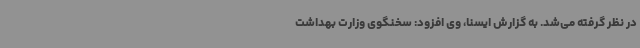
در نظر گرفته می‌شد. به گزارش ایسنا، وی افزود: سخنگوی وزارت بهداشت